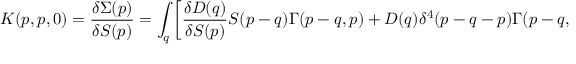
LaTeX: K ( p , p , 0 ) = \frac { \delta \Sigma ( p ) } { \delta S ( p ) } = \int _ { q } \left[ \frac { \delta D ( q ) } { \delta S ( p ) } S ( p - q ) \Gamma ( p - q , p ) + D ( q ) \delta ^ { 4 } ( p - q - p ) \Gamma ( p - q , p ) + D ( q ) S ( p - q ) \frac { \delta \Gamma ( p - q , p ) } { \delta S ( p ) } \right] \, .